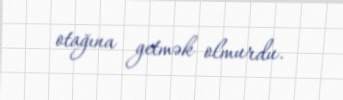
otağına getmək olmurdu.